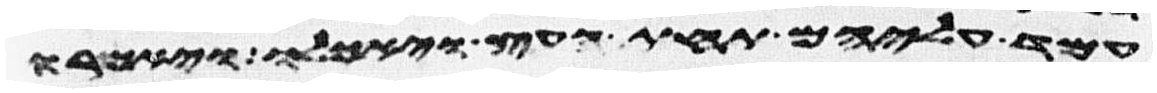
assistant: עמד עליהם תחת העץ ויאכלו ויאמרו